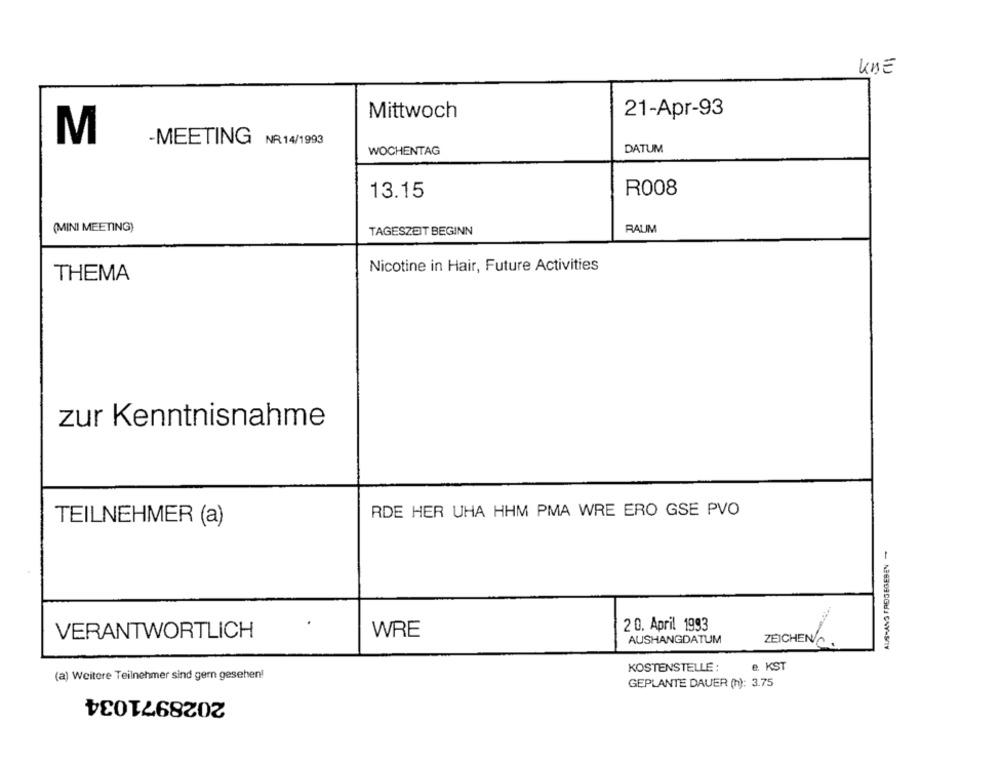
UNE
Mittwoch
21-Apr-93
M
-MEETING NR.14/1993
WOCHENTAG
DATUM
R008
13.15
(MINI MEETING)
RAUM
TAGESZEIT BEGINN
Nicotine in Hair, Future Activities
THEMA
zur Kenntnisnahme
RDE HER UHA HHM PMA WRE ERO GSE PVO
TEILNEHMER (a)
20. April 1993
VERANTWORTLICH
WRE
AUSHANGDATUM
ZEICHEN/C.
KOSTENSTELLE :
e. KST
(a) Weitere Teilnehmer sind gern gesehen!
GEPLANTE DAUER (h): 3.75
2028971034